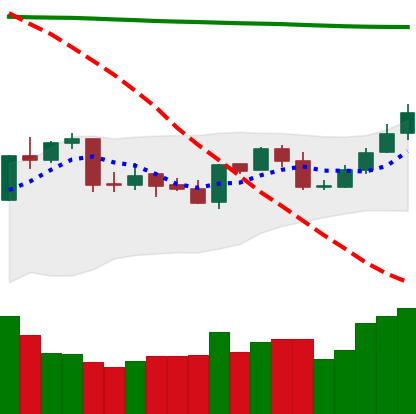
Ticker: NEO-USD
Chart end date: 2020-04-25
Forward return: 5.392%
Label: up_5_7